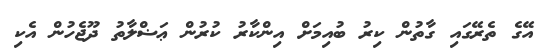
އޭގެ ތެރޭގައި ގާތުން ކިރު ބުއިމަށް އިންކާރު ކުރުން ޢަޟްލާތު ދޫޖެހުން އެކި